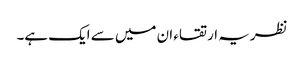
نظریہ ارتقاء ان میں سے ایک ہے۔